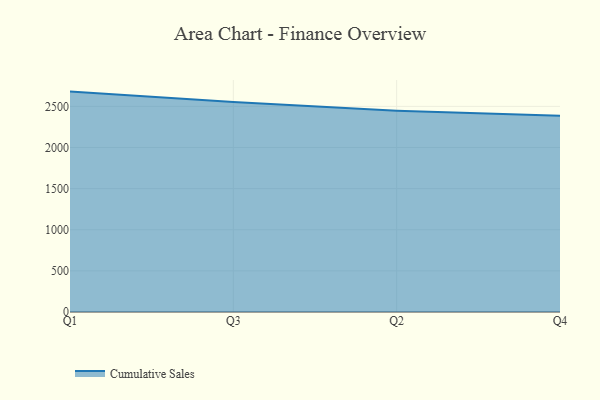
{"axis": {"x": "Quarter", "y": "Waste Production (Tons)"}, "legend": ["Cumulative Sales"], "data": [{"x": "Q1", "y": 2679.3, "type": "Cumulative Sales"}, {"x": "Q3", "y": 2551.5, "type": "Cumulative Sales"}, {"x": "Q2", "y": 2447.9, "type": "Cumulative Sales"}, {"x": "Q4", "y": 2386.3, "type": "Cumulative Sales"}]}